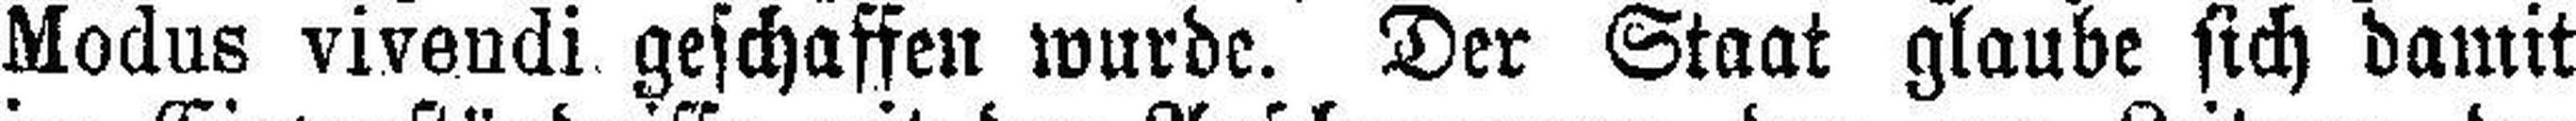
Modus vivendi geschaffen wurde. Der Staat glaube sich damit